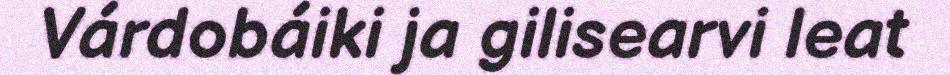
Várdobáiki ja gilisearvi leat